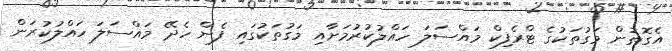
އެގޮތުން މަގުތަކުގެ ޓްރެފިކް މައްސަލަ ހައްލުކުރުމަށާއި މަގުތަކުގައި ފެން ހެދޭ މައްސަލަ ހައްލުކުރަން